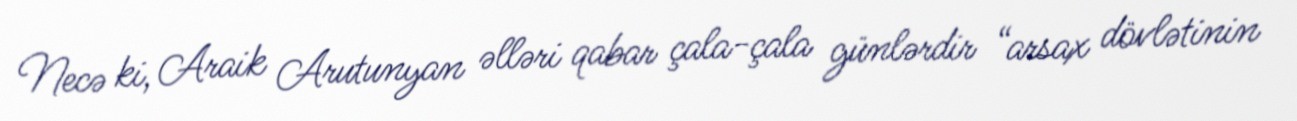
Necə ki, Araik Arutunyan əlləri qabar çala-çala günlərdir “arsax dövlətinin